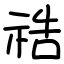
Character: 祰